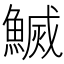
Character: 𬵢